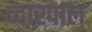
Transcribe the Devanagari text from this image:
व्दारपाल